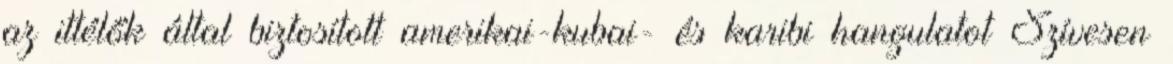
az ittélők által biztosított amerikai-kubai- és karibi hangulatot Szívesen